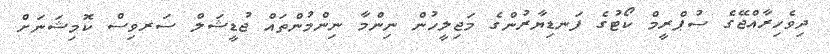
ދިވެހިރާއްޖޭގެ ސުޕްރީމް ކޯޓުގެ ފަނޑިޔާރުންގެ މަޖިލީހުން ނިންމާ ނިންމުންތައް ޖުޑީޝަލް ސަރވިސް ކޮމިޝަނަށް